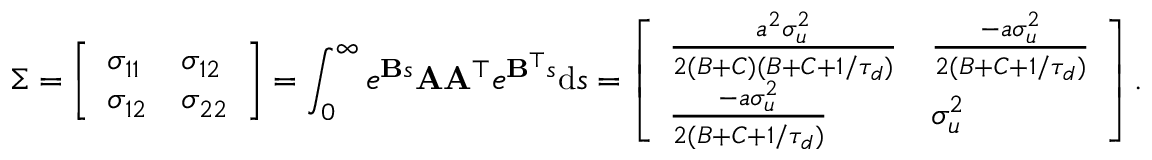
\Sigma = \left[ \begin{array} { l l } { \sigma _ { 1 1 } } & { \sigma _ { 1 2 } } \\ { \sigma _ { 1 2 } } & { \sigma _ { 2 2 } } \end{array} \right] = \int _ { 0 } ^ { \infty } e ^ { \mathbf { B } s } \mathbf { A } \mathbf { A } ^ { \top } e ^ { \mathbf { B } ^ { \top } s } \mathrm { d } s = \left[ \begin{array} { l l } { \frac { a ^ { 2 } \sigma _ { u } ^ { 2 } } { 2 ( B + C ) ( B + C + 1 / \tau _ { d } ) } } & { \frac { - a \sigma _ { u } ^ { 2 } } { 2 ( B + C + 1 / \tau _ { d } ) } } \\ { \frac { - a \sigma _ { u } ^ { 2 } } { 2 ( B + C + 1 / \tau _ { d } ) } } & { \sigma _ { u } ^ { 2 } } \end{array} \right] .